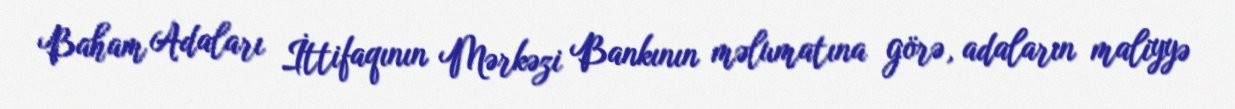
Baham Adaları İttifaqının Mərkəzi Bankının məlumatına görə, adaların maliyyə